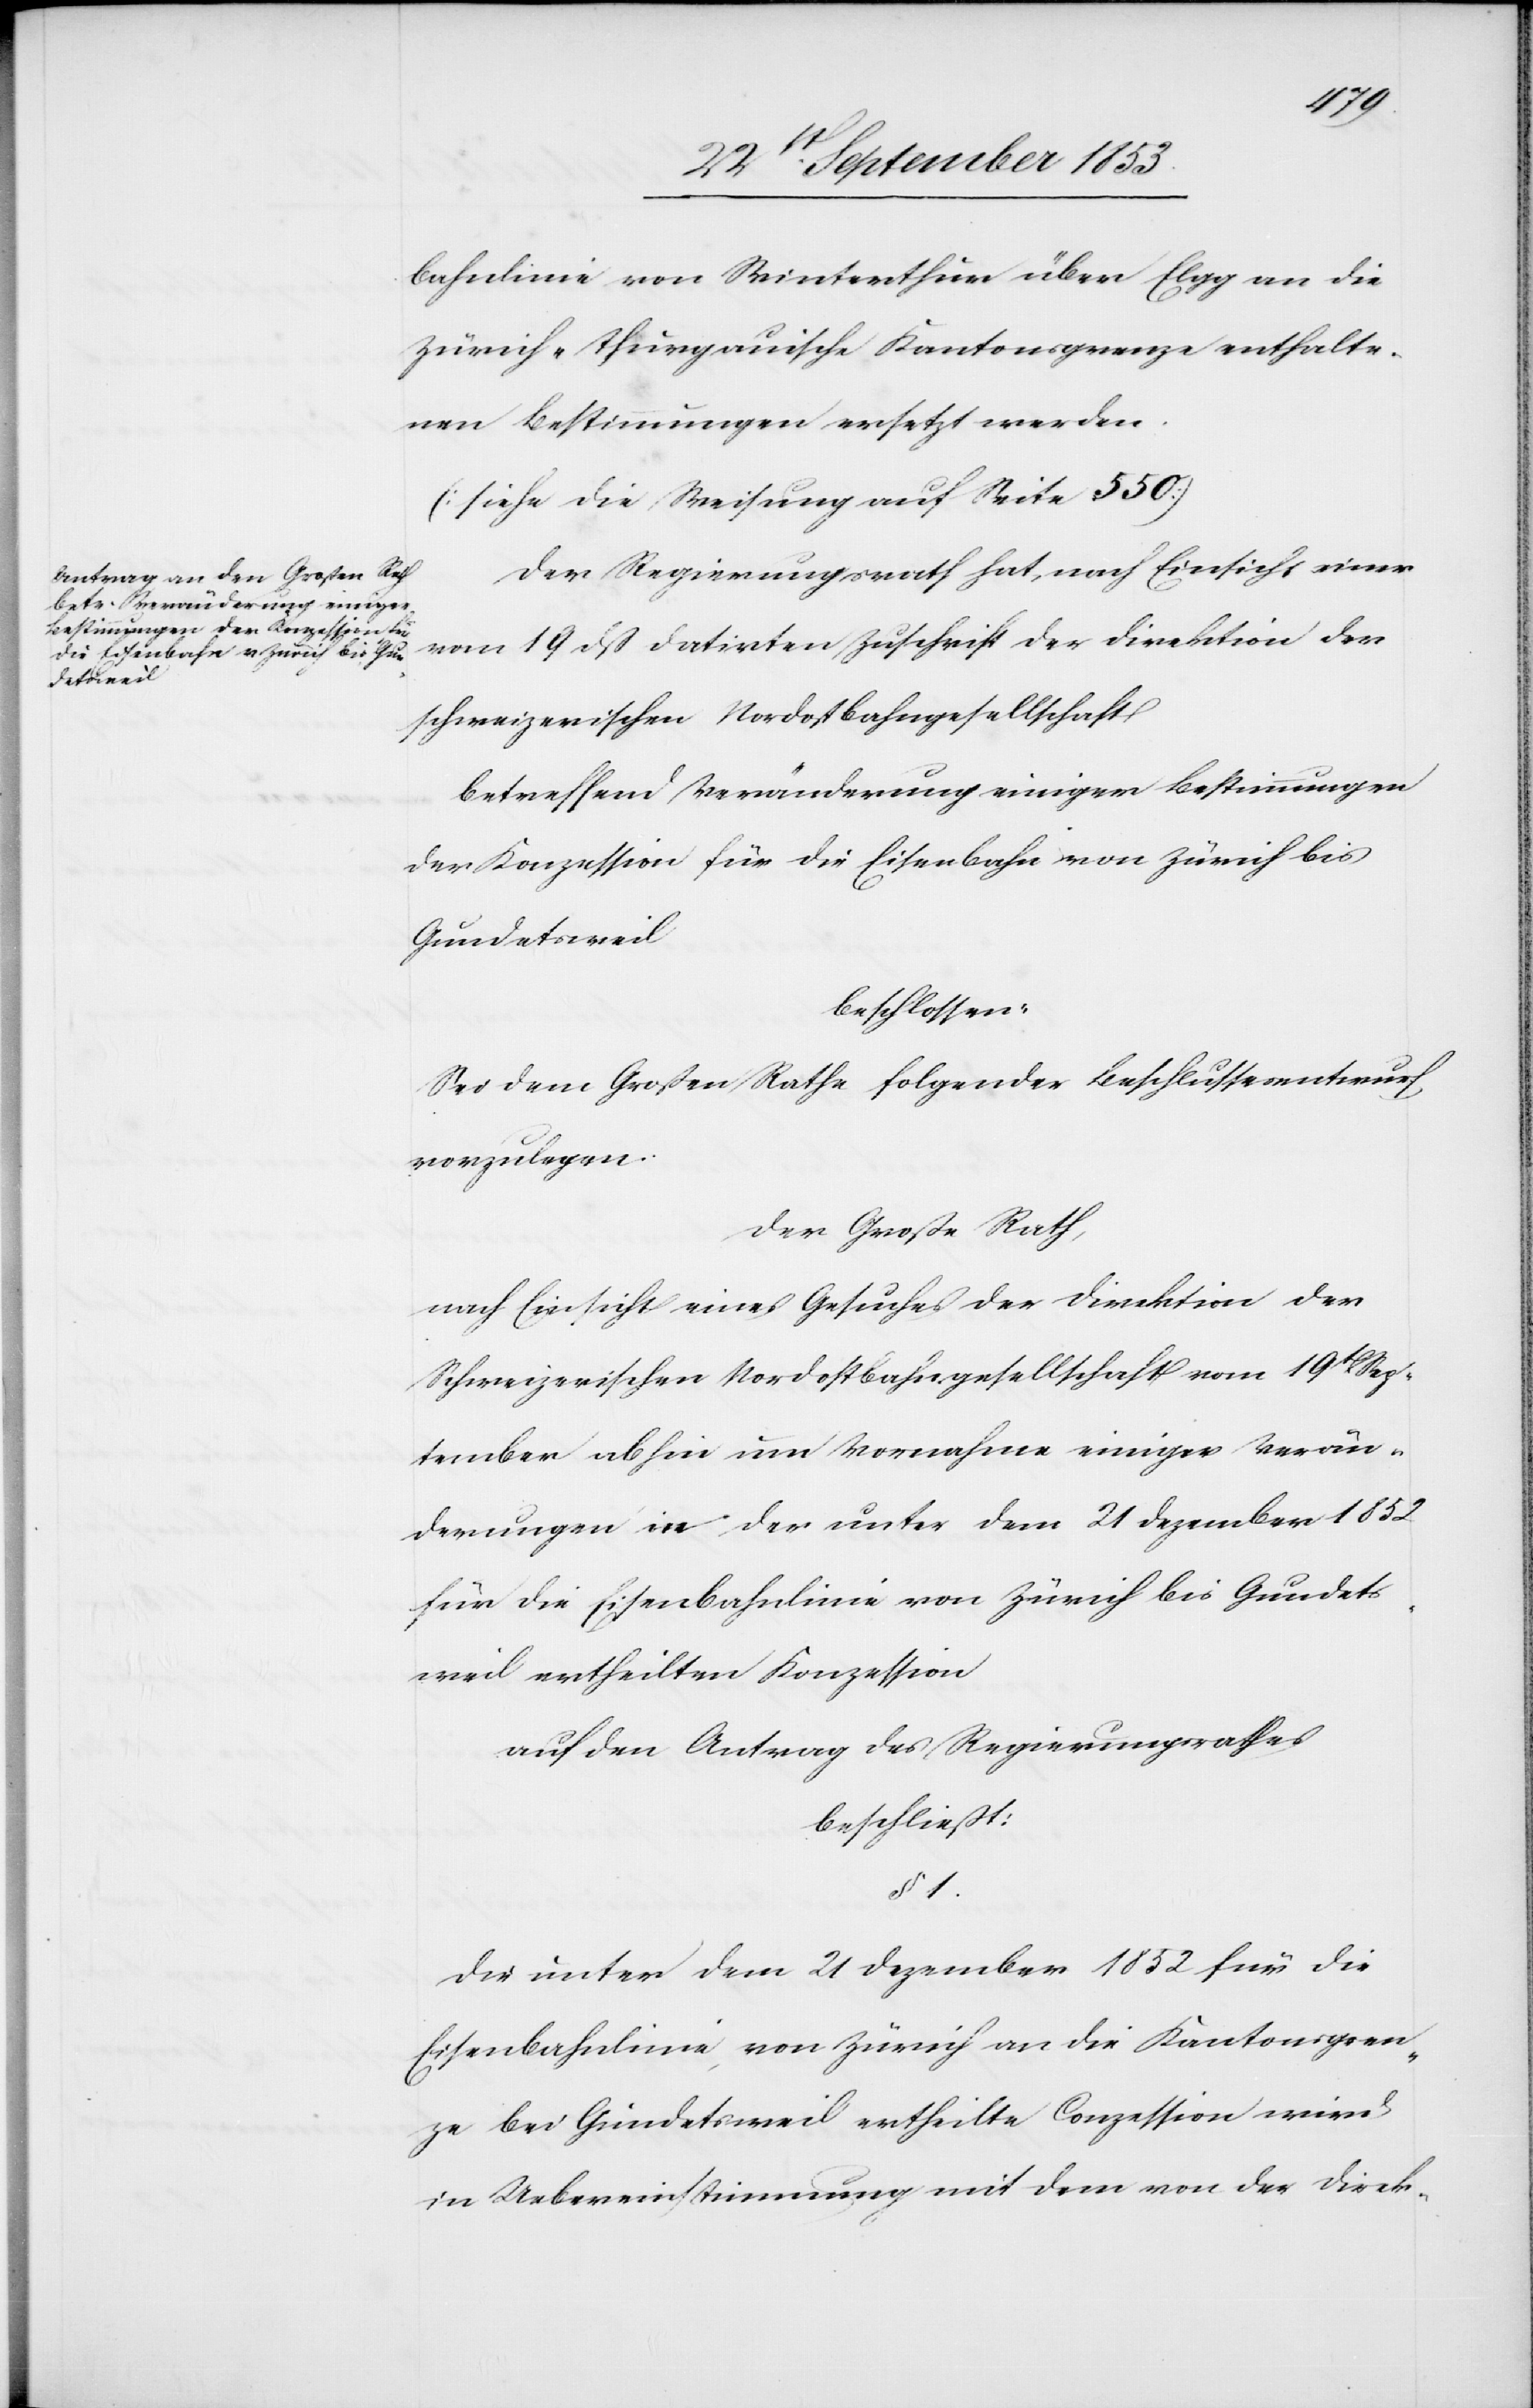
bahnlinie von Winterthur über Elgg an die
Zürich-Thurgauische Kantonsgrenze enthalte¬
nen Bestimmungen ersetzt werden.
[siehe die Weisung auf Seite 550]
Der Regierungsrath hat, nach Einsicht einer
vom 19 dß datirten Zuschrift der Direktion der
schweizerischen Nordostbahngesellschaft
betreffend Veränderung einiger Bestimmungen
der Konzession für die Eisenbahn von Zürich bis
Gundetsweil
beschlossen:
Sei dem Großen Rathe folgender Beschlussesentwurf
vorzulegen.
Der Große Rath,
nach Einsicht eines Gesuches der Direktion der
Schweizerischen Nordostbahngesellschaft vom 19t Sep¬
tember abhin um Vornahme einiger Verän¬
derungen in der unter dem 21 Dezember 1852
für die Eisenbahnlinie von Zürich bis Gundets¬
weil ertheilten Konzession
auf den Antrag des Regierungsrathes
beschließt:
§ 1.
Das unter dem 21 Dezember 1852 für die
Eisenbahnlinie von Zürich an die Kantonsgren¬
ze bei Gundetsweil ertheilte Conzession wird
in Uebereinstimmung mit dem von der Direk-